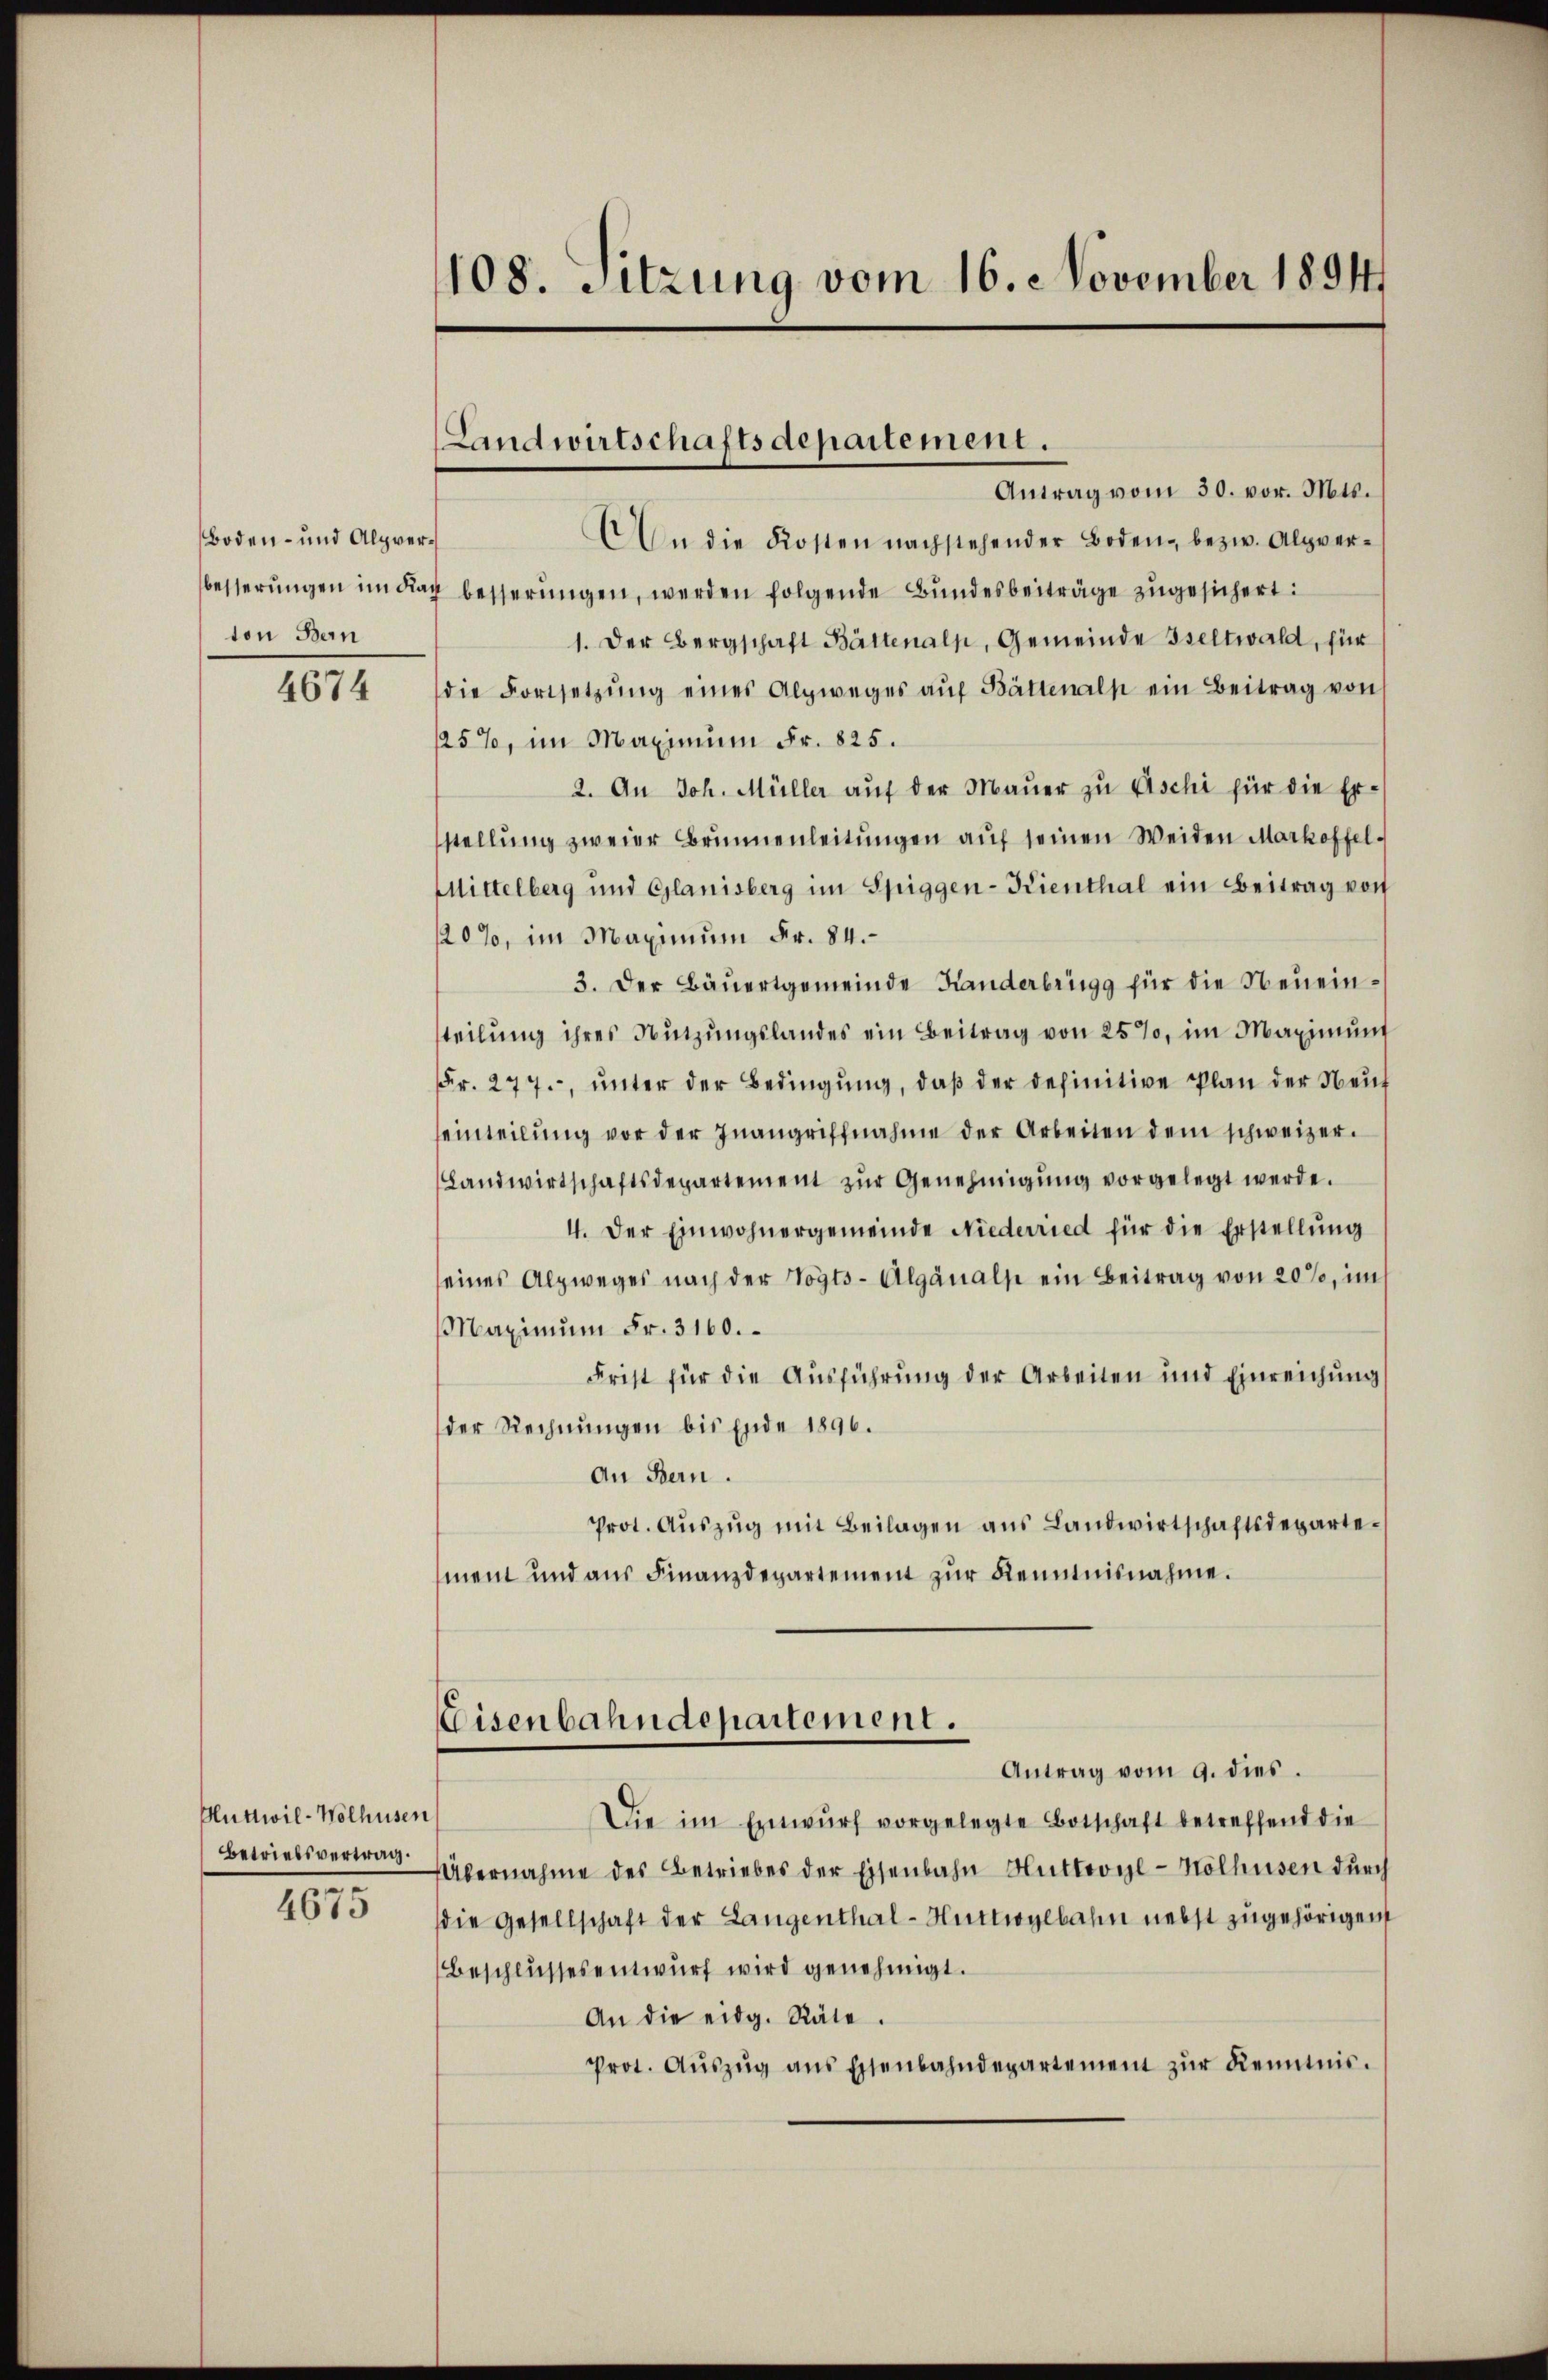
Boden- und Alpverton Bern

4674

Huttwil-Wolhusen,
Betriebsvertrag.

4675

108. Sitzung vom 16. November 1891

Antrag vom 30. vor. Mts.
An die Kosten nachstehender Boden, bezw. Alpverbesserŭngen im Frag besserŭngen, werden folgende Bŭndesbeiträge zŭgesichert:
1. Der Bergschaft Bättenalp, Gemeinde seltwald, für
die Fortsetzŭng eines Alpweges aŭf Bättenalp ein Beitrag von
25%, im Maximum Fr. 825.
2. An Joh. Müller aŭf der Maŭer zŭ Gschi für die Er-
stellŭng zweier Brunnenleitŭngen aŭf seinen Weiden Markoffel-
Mittelberg und Glanisberg im Spiggen-Kienthal ein Beitrag von
120%, im Maximum Fr. 84.
3. Der Bäuertgemeinde Handerbrings für die Neueinsteilung ihres Nutzungslandes ein Beitrag von 25%, im Maximund
Fr. 277., ŭnter der Bedingŭng, daβ der definitive Plan der Neuf
einteilŭng vor der Inangriffnahme der Arbeiten dem schweizer.
Landwirtschaftsdepartement zŭr Genehmigŭng vorgelegt werde.
4. Der Einwohnergemeinde Niederried für die Erstellung
seines Alpweges nach der Vogts-Alganalse ein Beitrag von 20%, im
Maximŭm Fr. 3160.
Frist für die Ausführung der Arbeiten und Einreichung
der Rechnungen bis Ende 1896.
An Bern.
Prot. Aŭszŭg mit Beilagen ans Landwirtschaftsdepartement und aus Finanzdepartement zur Kenntnisnahme.
Eisenbahndepartement.
Antrag vom 9. dies.
Die im Einwŭrf vorgelegte Botschaft betreffend die
Übernahme des Betriebes der Eisenbahn Huttovyl-Nölhusen durch
die Gesellschaft der Langenthal-Huttogebahn nebst zugehörigen
Beschlussesentwurf wird genehmigt.
An die eidg. Räte.
Prot. Aŭszŭg ans Eisenbahndepartement zŭr Kenntnis.

Landwirtschaftsdepartement.